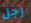
رجل